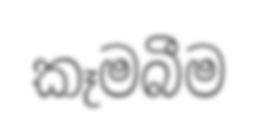
කෑමබීම